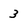
Character: 3